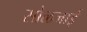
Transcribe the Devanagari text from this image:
सोळजाई